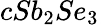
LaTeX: cSb_{2}Se_{3}